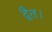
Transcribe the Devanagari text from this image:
द्वैत।